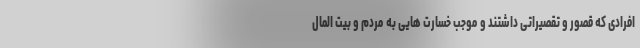
افرادی که قصور و تقصیراتی داشتند و موجب خسارت هایی به مردم و بیت المال